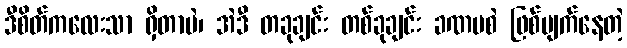
ဒီစိတ်ကလေးသာ ရှိတာပဲ၊ အဲဒီ တခုချင်း တစ်ခုချင်း ခဏမစဲ ဖြစ်ပျက်နေတဲ့